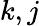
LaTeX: k,j